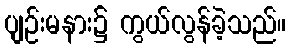
ပျဉ်းမနား၌ ကွယ်လွန်ခဲ့သည်။